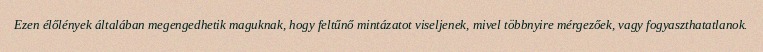
Ezen élőlények általában megengedhetik maguknak, hogy feltűnő mintázatot viseljenek, mivel többnyire mérgezőek, vagy fogyaszthatatlanok.